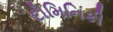
દોમિનિકી